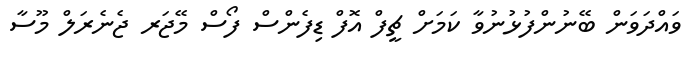
ވައްދަވަން ބޭނުންފުޅުނުވާ ކަމަށް ޗީފް އޮފް ޑިފެންސް ފޯސް މޭޖަރ ޖެނެރަލް މޫސާ